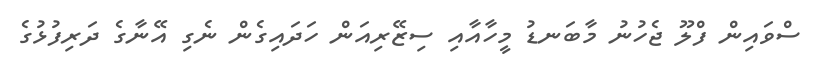
ސްވައިން ފްލޫ ޖެހުނު މާބަނޑު މީހާއާއި ސިޒޭރިއަން ހަދައިގެން ނެގި އޭނާގެ ދަރިފުޅުގެ